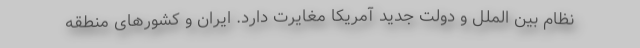
نظام بین الملل و دولت جدید آمریکا مغایرت دارد. ایران و کشورهای منطقه